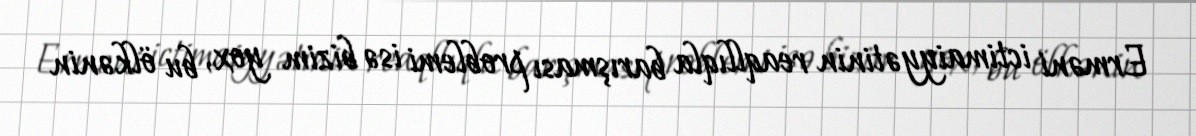
Erməni ictimaiyyətinin reaqllıqla barışması problemi isə bizim yox, bu ölkənin